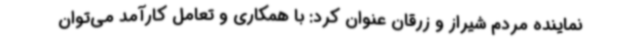
نماینده مردم شیراز و زرقان عنوان کرد: با همکاری و تعامل کارآمد می‌توان